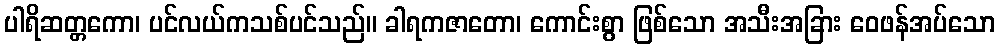
ပါရိဆတ္တကော၊ ပင်လယ်ကသစ်ပင်သည်။ ခါရကဇာတော၊ ကောင်းစွာ ဖြစ်သော အသီးအခြား ဝေဖန်အပ်သော